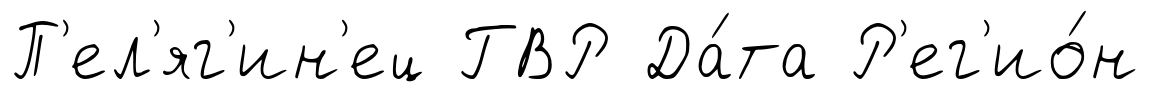
П'ел'яг'ин'ец ГВР Да́та Р'ег'ио́н